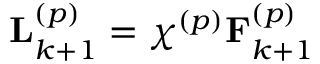
\mathbf { L } _ { k + 1 } ^ { \left( p \right) } = \chi ^ { \left( p \right) } \mathbf { F } _ { k + 1 } ^ { \left( p \right) }